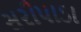
સરીપાડા